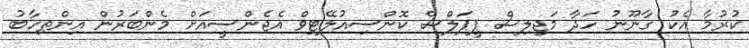
ކުރުމާ އެކު ގާނޫނު ހަދާ މަޖިލިސް ޕީޕަލްސް ކޮންސިއުލޭޓިވް އެޖެންސީއަށް މެންބަރުން އިންތިހާބު